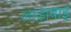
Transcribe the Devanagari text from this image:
लाडाबाई